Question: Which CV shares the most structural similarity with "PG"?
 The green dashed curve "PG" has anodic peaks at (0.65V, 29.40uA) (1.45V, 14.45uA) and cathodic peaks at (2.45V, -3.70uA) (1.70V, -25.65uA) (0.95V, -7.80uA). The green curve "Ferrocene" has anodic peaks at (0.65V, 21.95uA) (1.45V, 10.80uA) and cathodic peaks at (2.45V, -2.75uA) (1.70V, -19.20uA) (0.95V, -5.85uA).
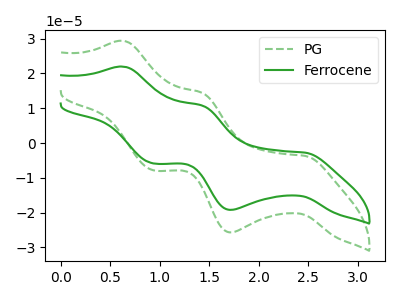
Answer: <think>All the peaks in "PG" have a peak in "Ferrocene" at the same potential. Every peak in "PG" is higher than every peak in "Ferrocene".
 </think>
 <answer>The CV with the most similar shape to "Ferrocene" is "PG".</answer>
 <eval>"PG"</eval>